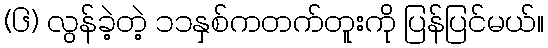
(၆) လွန်ခဲ့တဲ့ ၁၁နှစ်ကတက်တူးကို ပြန်ပြင်မယ်။